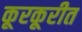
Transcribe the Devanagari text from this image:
कूरकूरीत